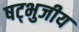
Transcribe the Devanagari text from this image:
षट्भुजीय